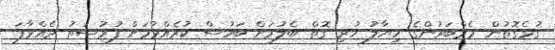
ގުޅެގޮތުން މެމްބަރުންގެ ހިޔާލު ހުރި ގޮތް ބެލުމަށް ބަހުސް ކުރެއްވުމަށް ފުރުސަތު ދެއްވާފަ